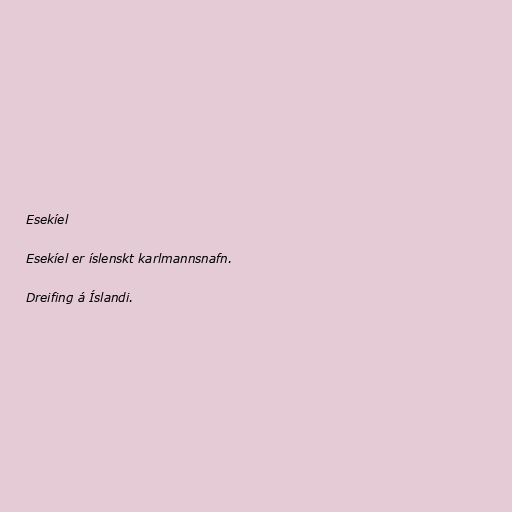
Esekíel

Esekíel er íslenskt karlmannsnafn.

Dreifing á Íslandi.